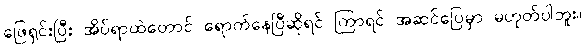
ဖြေရှင်းပြီး အိပ်ရာထဲတောင် ရောက်နေပြီဆိုရင် ကြာရင် အဆင်ပြေမှာ မဟုတ်ပါဘူး။